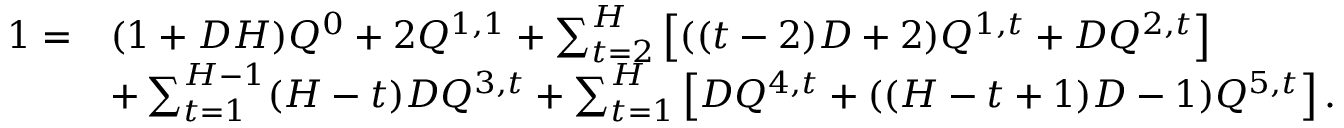
\begin{array} { r l } { 1 = } & { ( 1 + D H ) Q ^ { 0 } + 2 Q ^ { 1 , 1 } + \sum _ { t = 2 } ^ { H } \left[ ( ( t - 2 ) D + 2 ) Q ^ { 1 , t } + D Q ^ { 2 , t } \right] } \\ & { + \sum _ { t = 1 } ^ { H - 1 } ( H - t ) D Q ^ { 3 , t } + \sum _ { t = 1 } ^ { H } \left[ D Q ^ { 4 , t } + ( ( H - t + 1 ) D - 1 ) Q ^ { 5 , t } \right] . } \end{array}